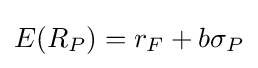
{E(R_{P})}=r_{F}+b\sigma _{P}